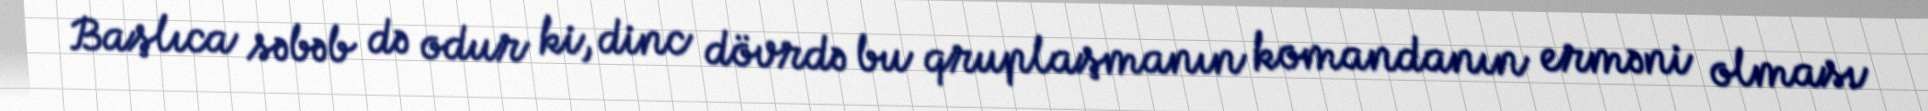
Başlıca səbəb də odur ki, dinc dövrdə bu qruplaşmanın komandanın erməni olması